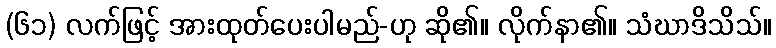
(၆၁) လက်ဖြင့် အားထုတ်ပေးပါမည်-ဟု ဆို၏။ လိုက်နာ၏။ သံဃာဒိသိသ်။